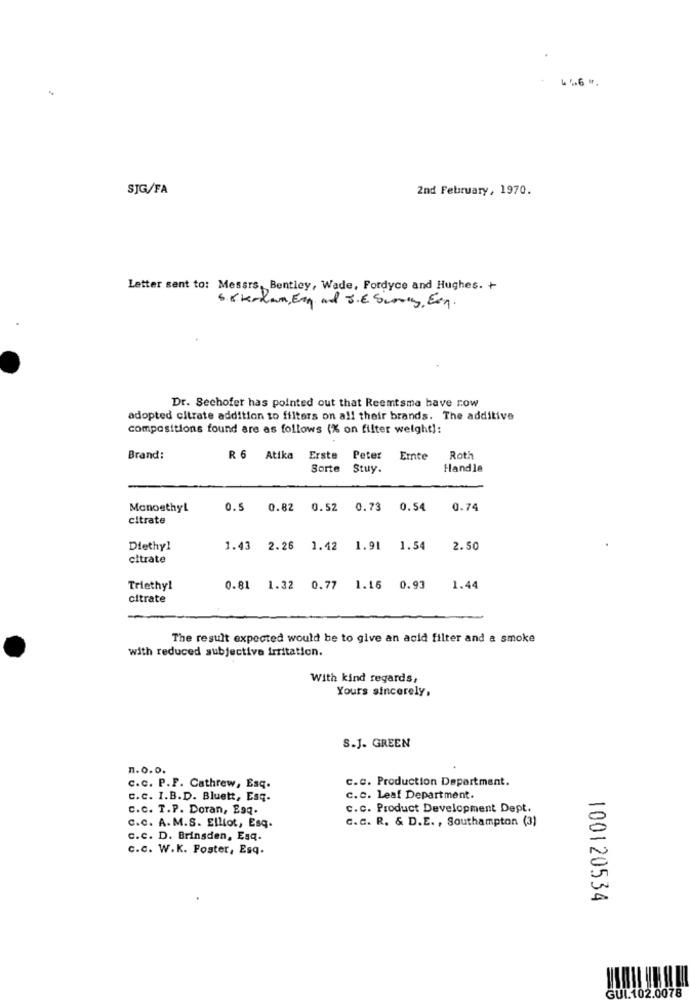
SJG/FA
2nd February, 1970.
Letter sent to: Messrs, Bentley, Wade, Fordyce and Hughes. +
6.Kkerdam, Eng and S.E Suring. Ein.
Dr. Sechofer has pointed out that Reemtsma have row
adopted citrate addition to filters on all their brands. The additive
compositions found are as follows (% on filter weight):
Brand:
R 6 Atika
Erste Peter
Emnte
Roth
Sorte
Stuy.
Handle
MonosthyL
0.5
0.82 0.52 0.73
0.54
0.74
citrate
Diethyl
1.43 2.26
1.42 1.91 1.54
2.50
citrate
Triethyl
0.81 1.32 0.77 1.16 0.93
1.44
citrate
The result expected would be to give an acid filter and a smoke
with reduced subjective irritation.
With kind regards,
Yours sincerely,
S.J. GREEN
n.o.o.
c.c. Production Department.
c.c. P.P. Cathrew, Esq.
C.C. I.B.D. Bluett, Esq.
c.c. Leaf Department
c.c. T.P. Doran, Esq.
c.c. Product Development Dept.
c.c. A.M.S. Elliot, Esq.
C.C. R. & D.E. , Southampton (3)
c.c. D. Brinsden, Esq.
c.c. W.K. Foster, Esq.
100120534
GUL.102.0078